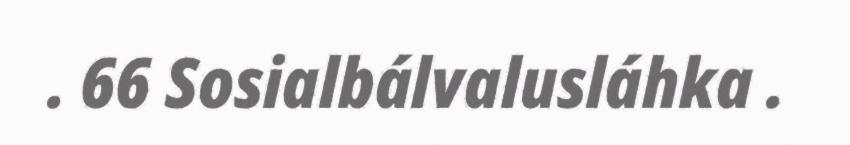
. 66 Sosialbálvalusláhka .